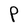
Character: P